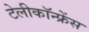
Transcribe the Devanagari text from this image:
टेलीकॉन्फ्रेंस